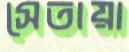
সেতায়া